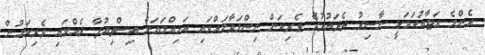
އެންމެ އަޖާބުކަމަކީ ނާސިރު ދެދައުރުގެ ވެރިކަން ނިންމަވާލައްވައި އަމިއްލަޔަށް އިސްތިއުފާ ދެއްވައި ވެރިކަމުން